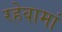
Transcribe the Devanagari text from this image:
रहेवामां